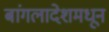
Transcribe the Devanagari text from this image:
बांगलादेशमधून